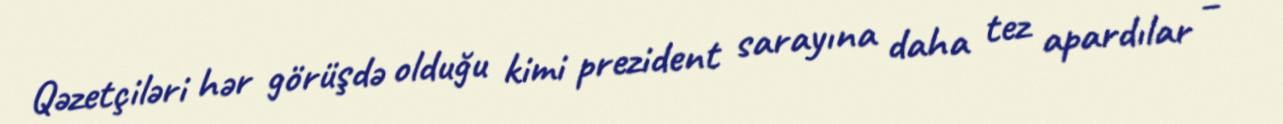
Qəzetçiləri hər görüşdə olduğu kimi prezident sarayına daha tez apardılar –